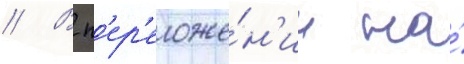
// В п'ер'еложе́н'ии на́